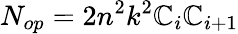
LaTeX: N_{op}=2n^{2}k^{2}\mathbb{C}_{i}\mathbb{C}_{i+1}